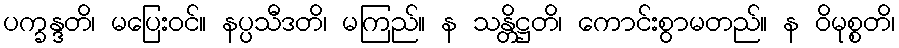
ပက္ခန္ဒတိ၊ မပြေးဝင်။ နပ္ပသီဒတိ၊ မကြည်။ န သန္တိဋ္ဌတိ၊ ကောင်းစွာမတည်။ န ဝိမုစ္စတိ၊